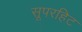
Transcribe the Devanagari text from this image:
सूपरहिट